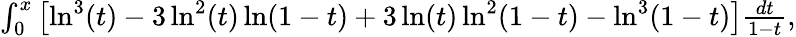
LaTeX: \begin{array}{r}{\int_{0}^{x}\left[\ln^{3}(t)-3\ln^{2}(t)\ln(1-t)+3\ln(t)\ln^{2}(1-t)-\ln^{3}(1-t)\right]\frac{dt}{1-t},}\end{array}